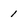
Character: 1